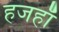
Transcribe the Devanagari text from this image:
हजहाँ